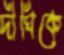
দীঘিকে